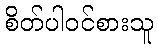
စိတ်ပါဝင်စားသူ